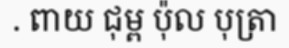
. ពាយ ជុម្ព ប៉ុល បុត្រា